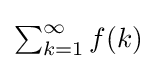
\textstyle \sum _{k=1}^{\infty }f(k)